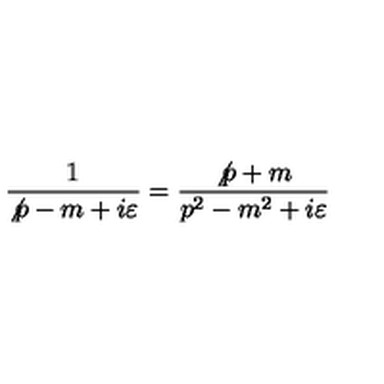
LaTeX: \frac { 1 } { \not { p } - m + i \varepsilon } = \frac { \not { p } + m } { p ^ { 2 } - m ^ { 2 } + i \varepsilon }